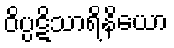
ဝိပ္ပဋိသာရိနိယော